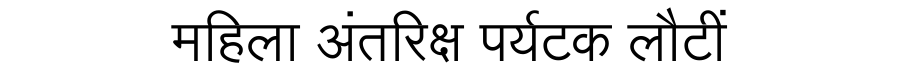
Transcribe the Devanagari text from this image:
महिला अंतरिक्ष पर्यटक लौटीं